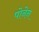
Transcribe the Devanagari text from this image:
पोनेन